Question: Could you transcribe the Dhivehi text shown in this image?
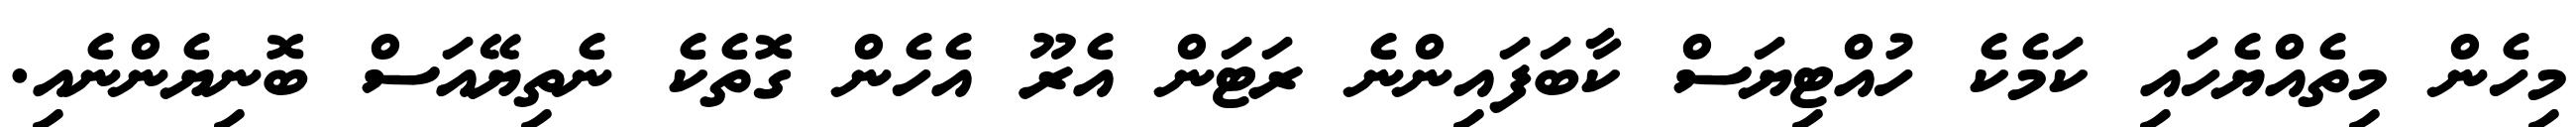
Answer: މިހެން މިތެއްޔެހައި ކަމެކެ ހުއްޓިޔަސް ކާބަފައިންނެ ރަޓަން އެރޫ އެހެން ގޮތެކެ ނެތިޔޭއަސް ބޮނިޔެންނެއި.